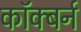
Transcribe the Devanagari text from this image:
कॉक्बर्न